Memorandum on the prevention of leprosy by segregation of the affected
Disease focus: Leprosy
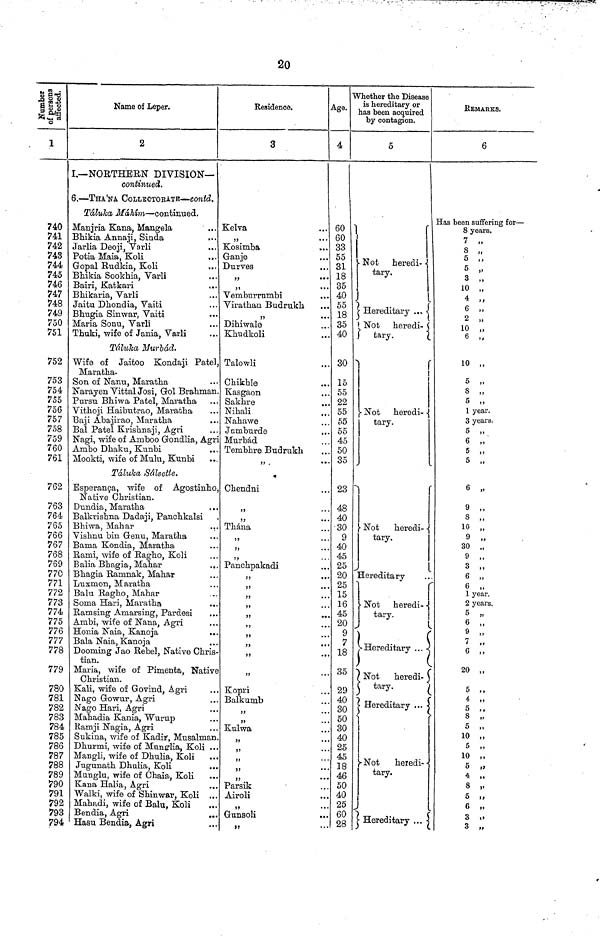
20
Number
of persons
affected.
1
740
741
742
743
744
745
746
747
748
749
750
751
752
753
754
755
756
757
758
759
760
761
762
763
764
765
766
767
768
769
770
771
772
773
774
775
776
777
778
779
780
781
782
783
784
785
786
787
788
789
790
791
792
793
794
Name of Leper.
2
I.— NORTHERN DIVISION—
continued.
6. — THA'NA COLLECTORATE— contd.
Táluka Máhim — continued.
Manjria Kana, Mangela
...
Bhikia Annaji, Sinda
Jarlia Deoji, Varli
Potia Maia, Koli
Gopal Rudkia, Koli
...
Bhikia Sookhia, Varli
Bairi, Katkari
...
Bhikaria, Varli
Jaitu Dhondia, Vaiti
Bhugia Sin war, Vaiti
Maria Sonu, Varli
Thuki, wife of Jania, Varli
Táluka Nurbád.
Wife of Jaitoo Kondaji Patel
Maratha-
Son of Nanu, Maratha
Narayen Vittal Josi, Gol Brahman
Pursu Bhiwa Patel, Maratha
Vithoji Haibutrao, Maratha
Baji Abajirao, Maratha
Bal Patel Krishnaji, Agri
Nagi, wife of Ainboo Gondlia, Agr
Ambo Dhaku, Kunbi
Mookti, wife of Mulu, Kunbi
Táluka Sálsette.
Esperan9a, wife of Agostinho
Native Christian.
Dundia, Maratha
Balkrishna Dadaji, Panchkalsi
Bhiwa, Mahar
..
Vishnu bin Genu, Maratha
Bama Kondia, Maratha
Rami, wife of Ragho, Koli
Balia Bhagia, Mahar
..
Bhagia Ramnak, Mahar
Luxmon, Maratha
Balu Ragho, Mahar
Soma Hari, Maratha
Ramsing Amarsing, Pardesi
Ambi, wife of Nana, Agri
Honia Naia, Kanoja
Bala Naia, Kanoja
Dooming Jao Rebel, Native Chris
tian.
Maria, wife of Pimenta, Native
Christian.
Kali, wife of Govind, Agri
Nago Gowur, Agri
Nago Hari, Agri
Mahadia Kania, Wurup
Ramji Nagia, Agri
Sukina, wife of Kadir, Musalnian
Dhurmi, wife of Munglia, Koli .
Mangli, wife of Dhulia, Koli
Jugunath Dhalia, Koli
Munglu, wife of Chaia, Koli
Kana Halia, Agri
Walki, wife of Shinwar, Koli .
Mahadi, wife of Balu, Koli
Bendia, Agri
Hasu Bendia, Agri
Residence,
3
Kelva
"
Kosimba
Ganje
Durves
"
Vemburrumbi
Virathan Budrukh
Dihiwale
Khudkoli
Talowli
Chikhle
Kasgaon
Sakhre
Nihali
Nahawe
Jnmburde
MurMd
Tembhre Budrukh
Chendni
"
"
Thána
"
"
"
Panchpakadi
"
"
"
"
"
"
"
"
Kopri
Balkumb
"
"
Kulwa
"
"
"
"
Parsik
Airoli
"
Gunsoli
"
Age.
4
60
60
33
55
31
18
35
40
55
18
35
40
30
15
55
22
55
55
55
45
50
35
23
48
40
30
9
40
45
25
20
25
15
16
45
20
9
7
18
35
29
40
30
50
30
40
25
45
18
46
50
40
25
60
28
Whether the Disease
is hereditary or
has been acquired
by contagion.
5
Not heredi-
tary.
Hereditary
.
Not heredi-
tary.
Not heredi-
tary.
Not heredi-
tary.
Hereditary
Not heredi-
tary.
Hereditary
Hereditary
Not
heredi-
Hereditary ...
REMARKS.
6
Has been suffering for —
8 years.
7
8 "
5 "
5 "
3 "
10 "
4 "
6 "
2 "
10 "
6 "
10 "
5 "
8 "
5 "
1 year.
3 years.
5 "
6 "
5 "
5 "
6 "
9 "
8 "
10 "
9 "
30 "
9 "
3 "
6 "
6 "
1 year.
2 years.
5 "
6 "
9 "
7 "
6 "
20 "
5 "
4 "
5 "
8 "
5 "
10 "
5 "
10 "
5 "
4 "
8 "
5 "
6 "
3 "
3 "